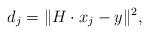
LaTeX: \begin{align*}d_j = \| H \cdot x_j - y_{} \|^2,\end{align*}